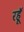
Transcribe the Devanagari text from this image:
रहॅू